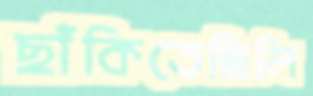
ছাঁকিতেছিলি